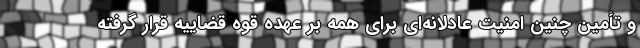
و تأمین چنین امنیت عادلانه‌ای برای همه بر عهده قوه قضاییه قرار گرفته